Indian journal of veterinary science and animal husbandry - Volume 2,
Year: 1932
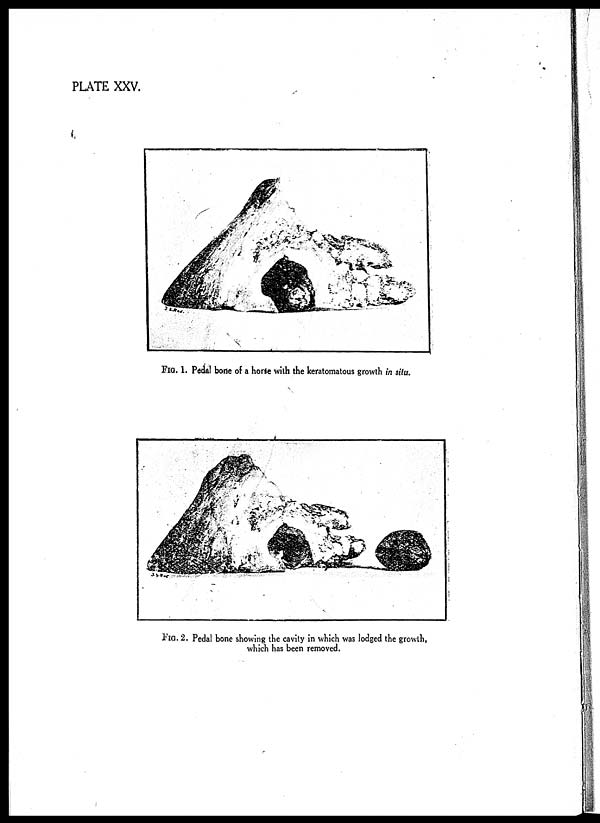
PLATE XXV.
FIG. 1. Pedal bone of a horse with the keratomatous growth in situ.
FIG. 2. Pedal bone showing the cavity in which was lodged the growth,
which has been removed.